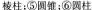
棱柱；⑤圆锥；⑥圆柱